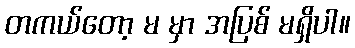
တကယ်တော့ မ မှာ အပြစ် မရှိပါ။